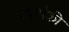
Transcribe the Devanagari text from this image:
प्रश्नांपैकी